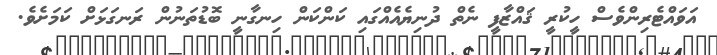
އަވައްޓެރިންވެސް ހީކުރީ ޤައްޒާފީ ނެތް ދުނިޔެއެއްގައި ކަންކަން ހިނގާނީ ބޮޑުތަނުން ރަނގަޅަށް ކަމަށެވެ.